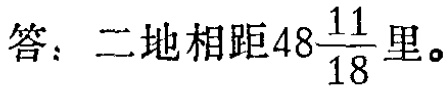
答：二地相距\(48\frac{11}{18}\)里。